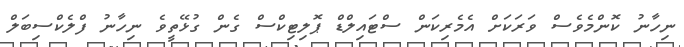
ނިހާނު ކޮންމެވެސް ވަރަކަށް އެމެރިކަން ސްޓައިލްޑް ޕޮލިޓިކްސް ގެން ގުޅޭތީވެ ނިހާނު ފްލެކްސިބަލް